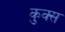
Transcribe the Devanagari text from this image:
कुक्स